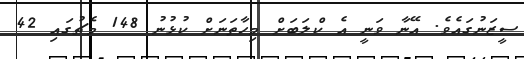
ސީޒަނުގައެވެ. އޭނާ ވަނީ އެ ކްލަބަށް މިހާތަނަށް ކުޅުނު 148 މެޗުގައި 42